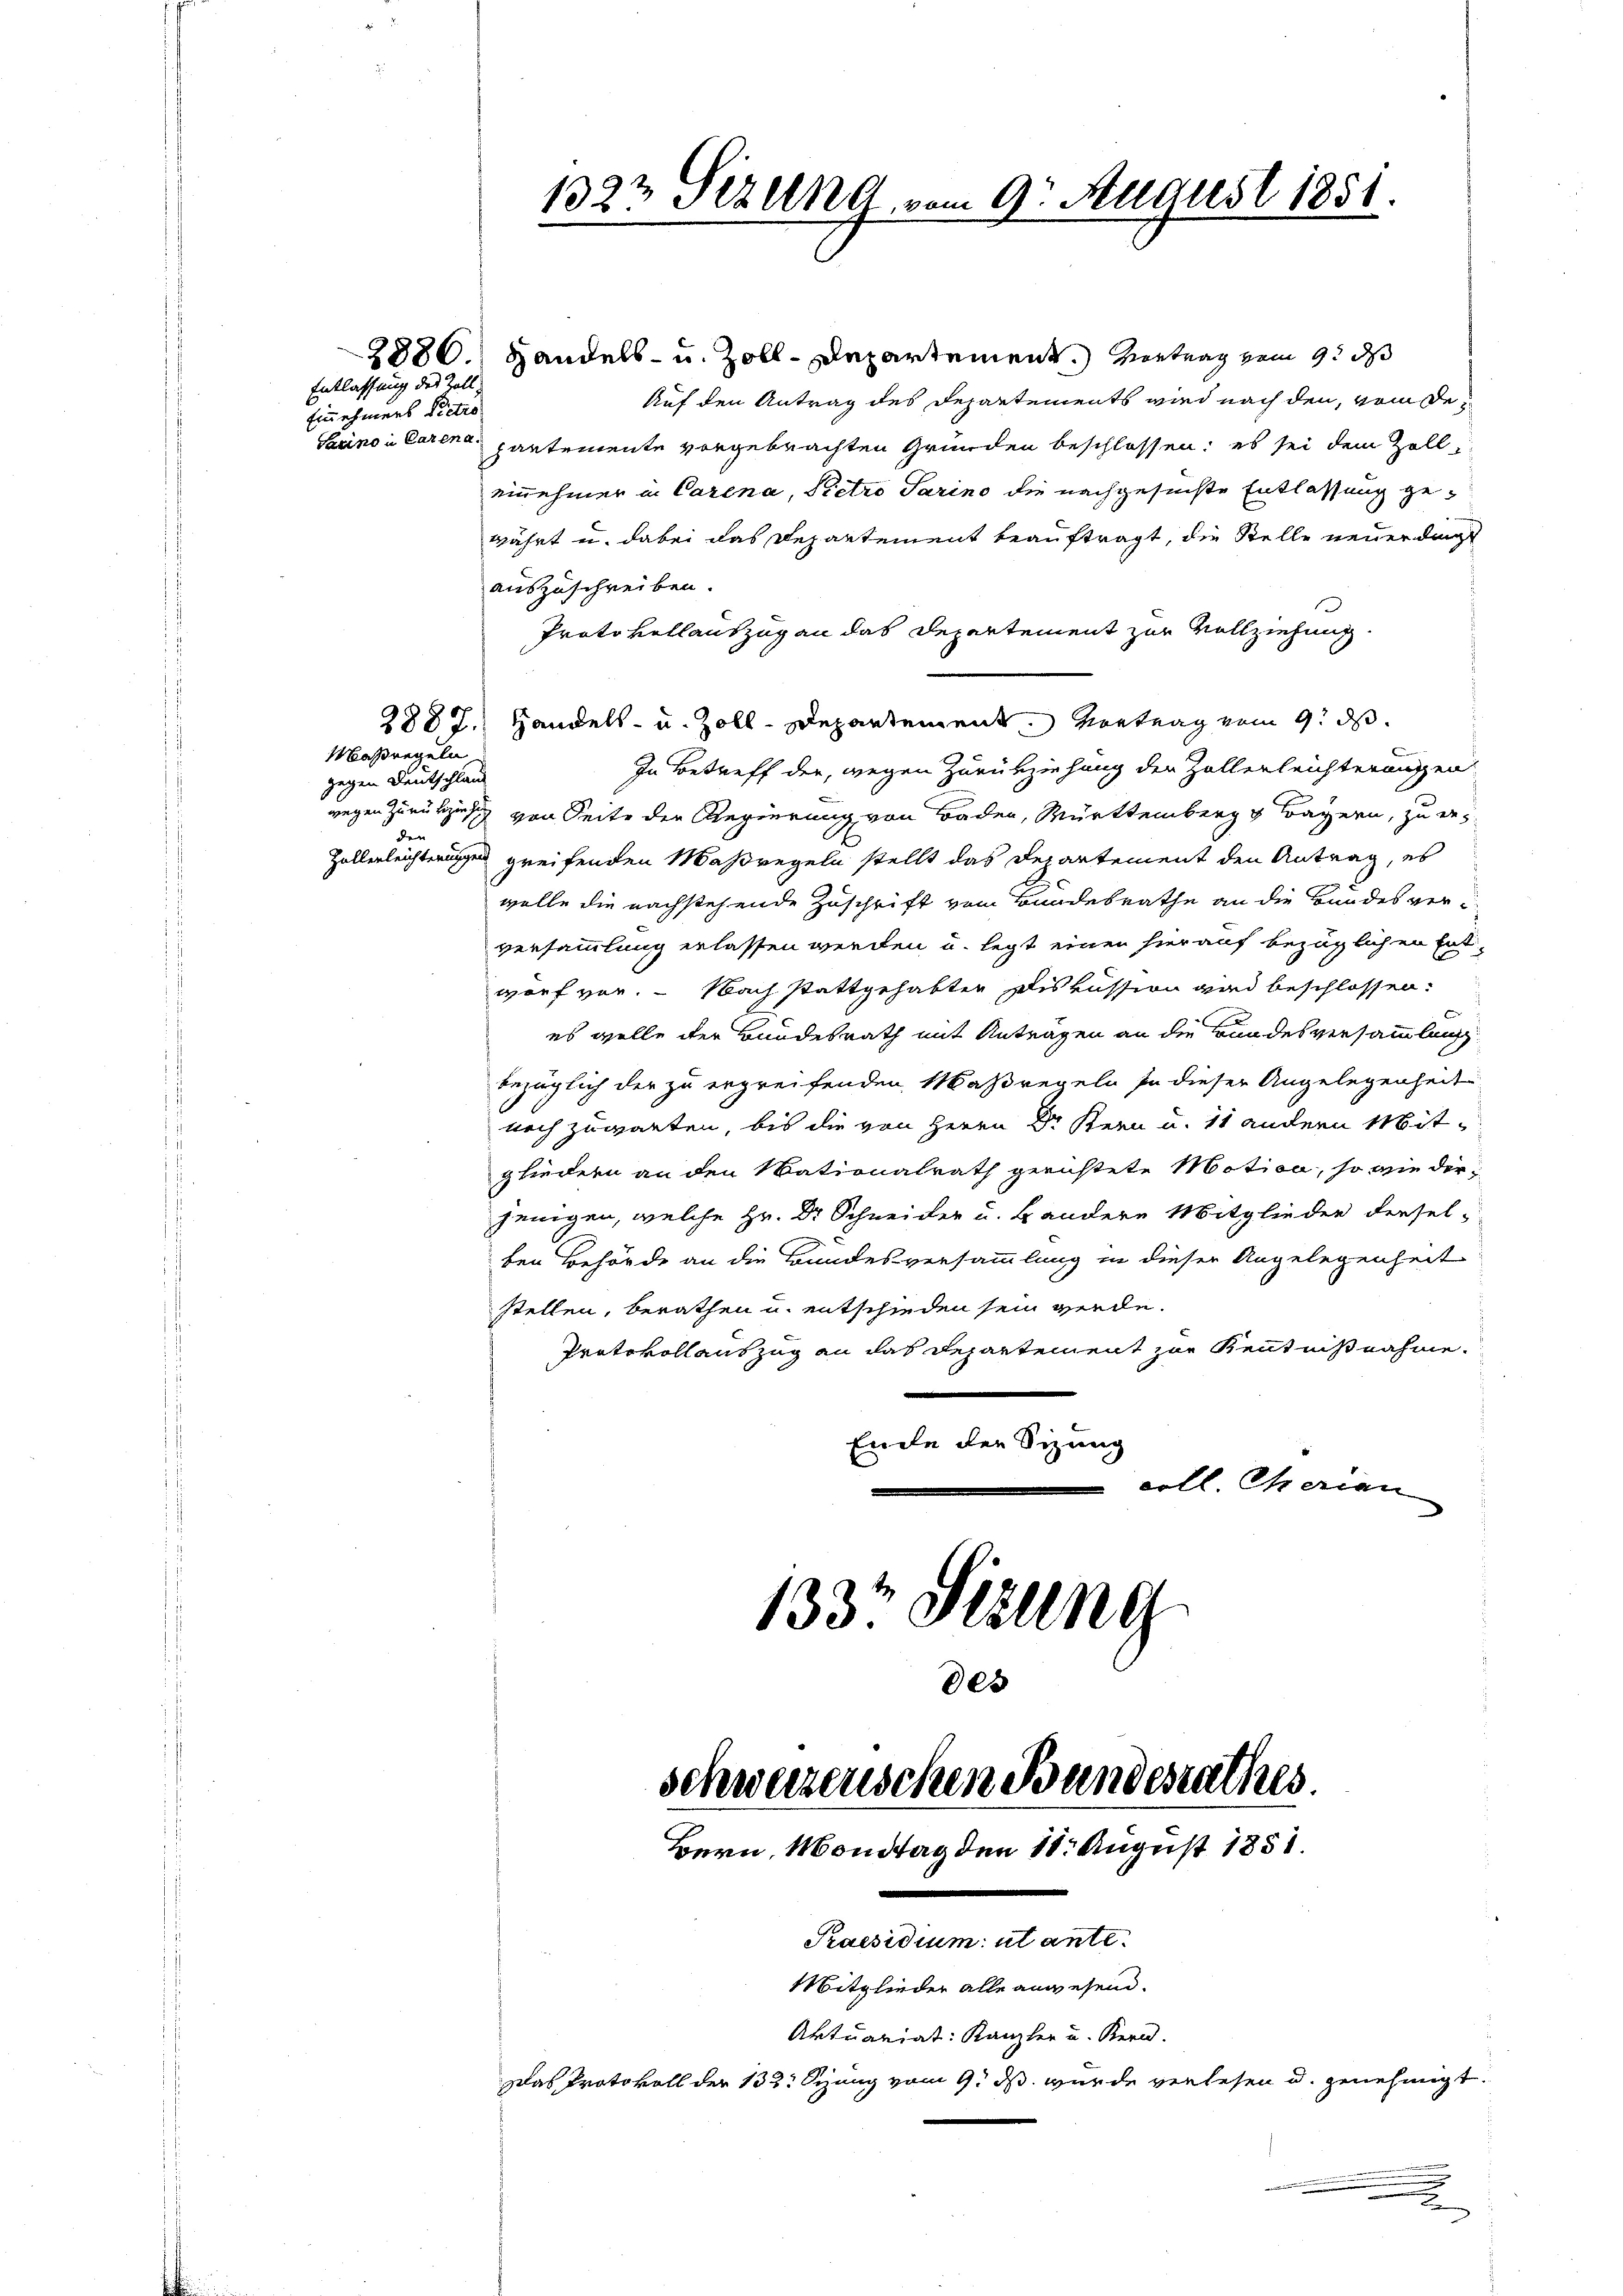
Entlassung des Zoll
Einnehmers Pietro

Maßregeln
gegen Deutschland
den

2880.) Handels- u. Zoll-Departement.) Vortrag vom 9. des
Auf den Antrag des Departements wird nach den, vom De¬
Sacino i Carina, partemente vorgebrachten Gründen beschlossen; es sei dem Zolleinehmer in Carena, Pietro Parino die nachgesuchte Entlassung gewährt u. dabei das Departement beauftragt, die Stelle neuerdingt
auszuschreiben.
Protokollauszug an das Departement zur Vollziehung.
2887. Handels- u. Zoll-Departement. Vortrag vom 9. ds.
In Betreff der, wegen Zurückziehung der Zellerleichterungen
wegen zurückzusich von Seite der Regierung von Baden, Württemberg u Bayern, zu des
Zellerleichterungen greifenden Maßregeln stellt das Departement den Antrag, es
wolle die nachstehende Zuschrift vom Bundesrathe an die Bundes verversammlung erlassen werden u. legt einen hierauf bezüglichen Ent-
wurf vor. - Nach stattgehabten Diskussion wird beschlossen:
es wolle der Bundesrath mit Antragen an die Bundesversammlung
bezüglich der zu ergreifenden Maßregeln so dieser Angelegenheit
noch zuwarten, bis die von Herrn Dr Kern u. 11 andern Mitgliedern an den Nationalrath gerichtete Motion, so wie derjenigen, welche Hr. Dr Schneider u. Bandere Mitglieder derselten Behörde an die Bundesversammlung in dieser Angelegenheit
stellen, berathen u. entschieden sein werde.
Protokollauszug an das Departement zur Kenntnißnahme
Ende der Sizung
coll. Charian
133 Sizung

1323 Sizung vom 9t August 1851.

des
schweizerischen Bandesrathes
Bern, Montag den 11. August 1851.
Praesidium ut ante.
Mitglieder alle anwesend.
Aktuariat: Kanzler und Kern.
Das Protokoll der 133. Seung vom 9. ds. wurde verlesen u. genehmigt.

m
.